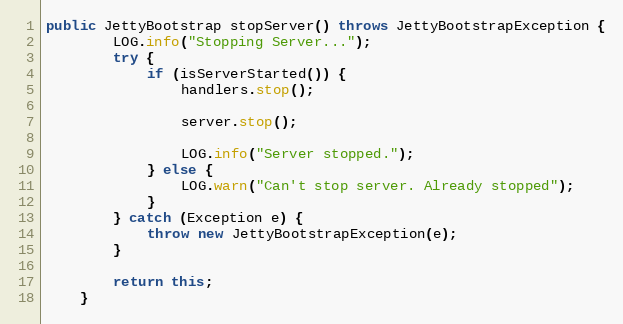
Language: Java
public JettyBootstrap stopServer() throws JettyBootstrapException {
        LOG.info("Stopping Server...");
        try {
            if (isServerStarted()) {
                handlers.stop();

                server.stop();

                LOG.info("Server stopped.");
            } else {
                LOG.warn("Can't stop server. Already stopped");
            }
        } catch (Exception e) {
            throw new JettyBootstrapException(e);
        }

        return this;
    }